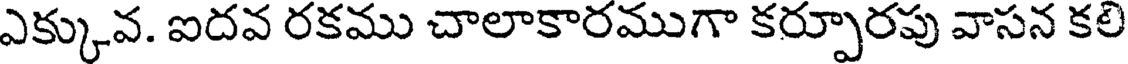
ఎక్కువ. ఐదవ రకము చాలాకారముగా కర్పూరపు వాసన కలి